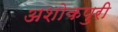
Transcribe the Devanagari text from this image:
अशोकपुरी